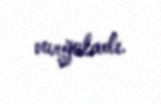
vurğuladı.